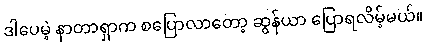
ဒါပေမဲ့ နာတာရှာက စပြောလာတော့ ဆွန်ယာ ပြောရလိမ့်မယ်။